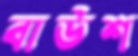
বাউশ